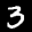
Label: 3